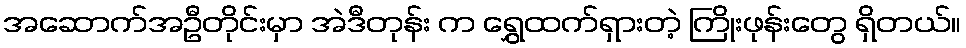
အဆောက်အဦတိုင်းမှာ အဲဒီတုန်း က ရွှေထက်ရှားတဲ့ ကြိုးဖုန်းတွေ ရှိတယ်။